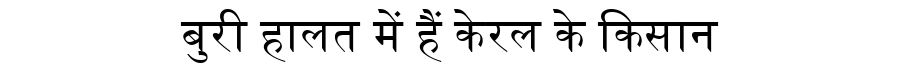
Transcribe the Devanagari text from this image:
बुरी हालत में हैं केरल के किसान